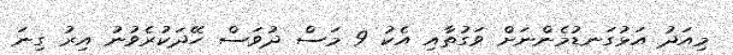
މިއަދު އަޅުގަނޑުމެންނަށް ވަގުތާއި އެކު 9 މަސް ދުވަސް ހޭދަކުރެވުނު އިރު ގިނަ